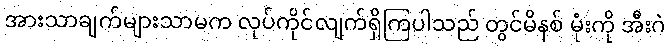
အားသာချက်များသာမက လုပ်ကိုင်လျက်ရှိကြပါသည် တွင်မိနစ် မုံးကို အီးဂဲ